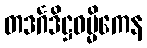
တဒင်္ဂဒိဋ္ဌဓမ္မိကေန